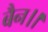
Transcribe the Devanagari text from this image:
बैन।।